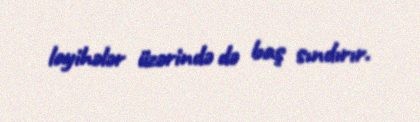
layihələr üzərində də baş sındırır.